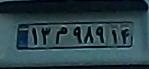
۱۳م۹۸۹۱۴